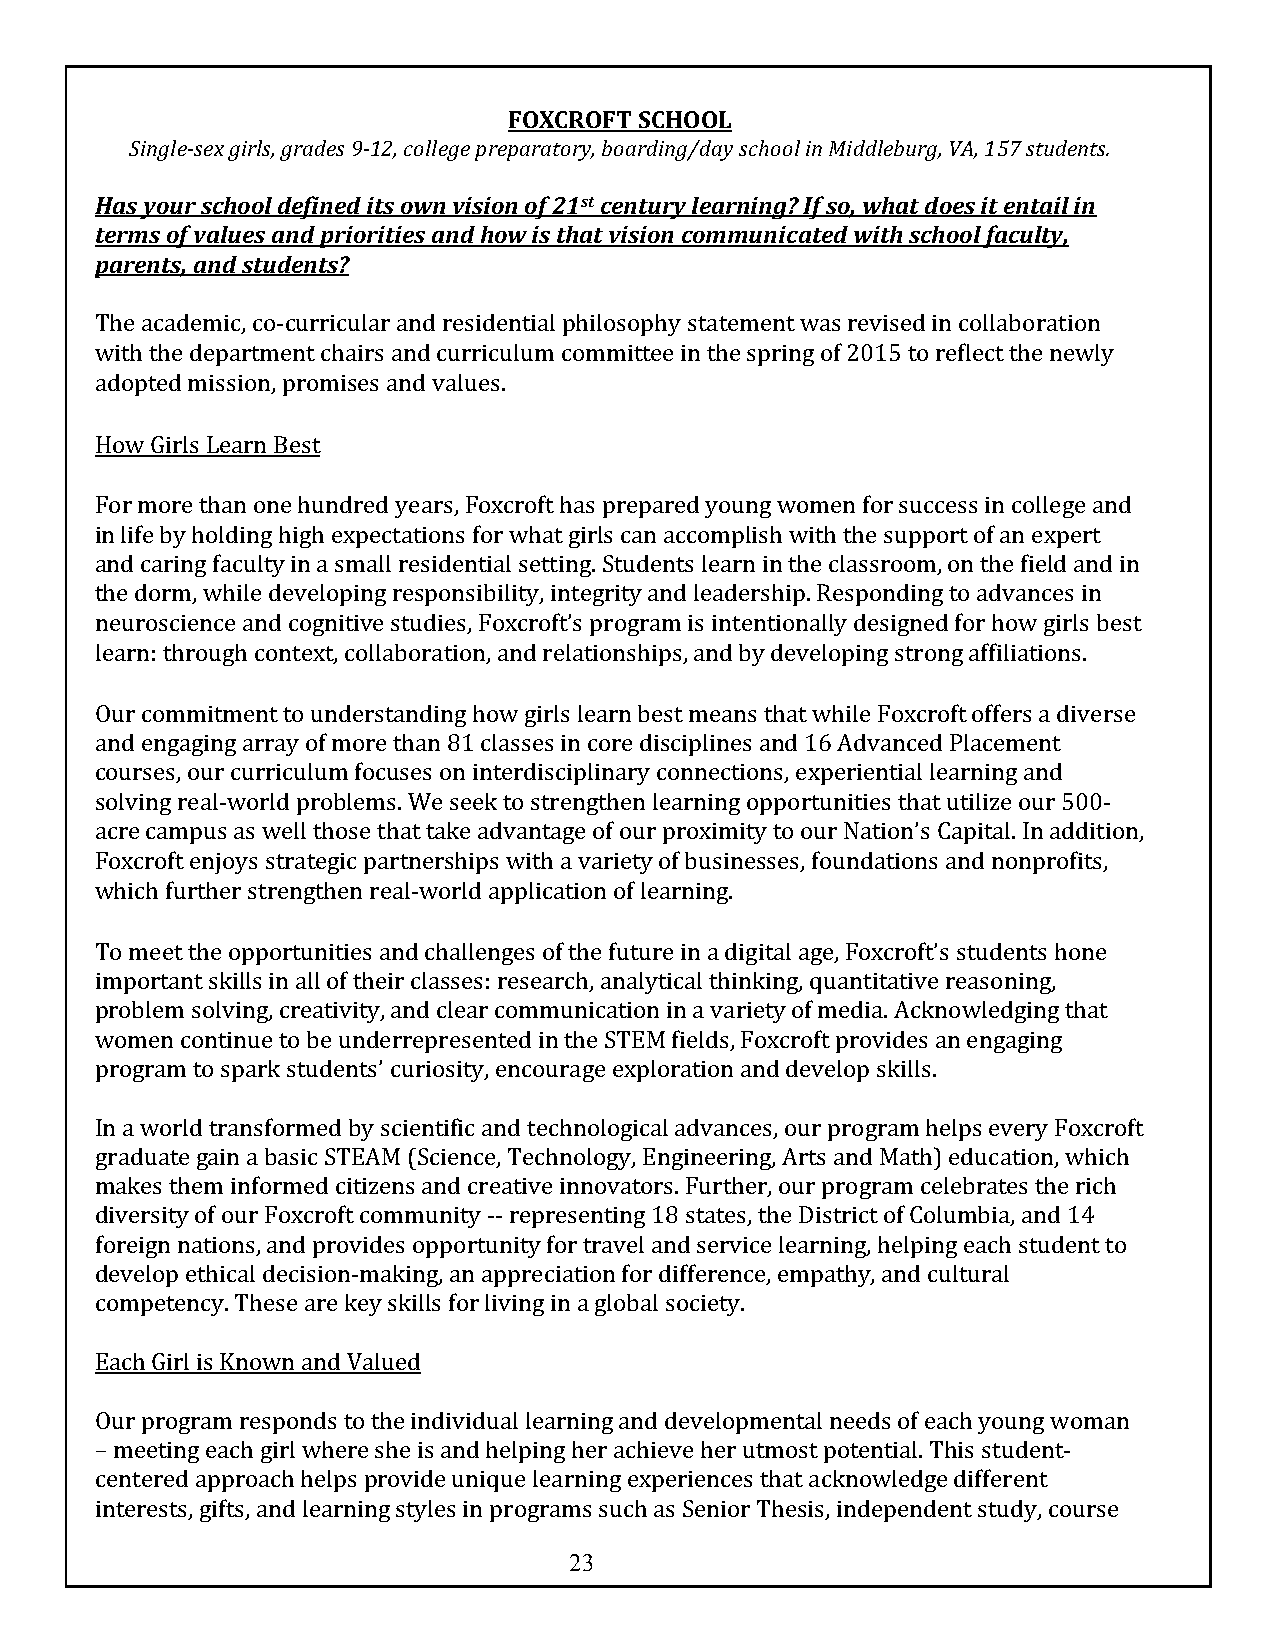
FOXCROFT SCHOOL
 Single-sex girls, grades 9-12, college preparatory, boarding/day school in Middleburg, VA, 157 students.
 Has your school defined its own vision of 21st century learning? If so, what does it entail in
 terms of values and priorities and how is that vision communicated with school faculty,
 parents, and students?
 The academic, co-curricular and residential philosophy statement was revised in collaboration
 with the department chairs and curriculum committee in the spring of 2015 to reflect the newly
 adopted mission, promises and values.
 How Girls Learn Best
 For more than one hundred years, Foxcroft has prepared young women for success in college and
 in life by holding high expectations for what girls can accomplish with the support of an expert
 and caring faculty in a small residential setting. Students learn in the classroom, on the field and in
 the dorm, while developing responsibility, integrity and leadership. Responding to advances in
 neuroscience and cognitive studies, Foxcroft’s program is intentionally designed for how girls best
 learn: through context, collaboration, and relationships, and by developing strong affiliations.
 Our commitment to understanding how girls learn best means that while Foxcroft offers a diverse
 and engaging array of more than 81 classes in core disciplines and 16 Advanced Placement
 courses, our curriculum focuses on interdisciplinary connections, experiential learning and
 solving real-world problems. We seek to strengthen learning opportunities that utilize our 500-
 acre campus as well those that take advantage of our proximity to our Nation’s Capital. In addition,
 Foxcroft enjoys strategic partnerships with a variety of businesses, foundations and nonprofits,
 which further strengthen real-world application of learning.
 To meet the opportunities and challenges of the future in a digital age, Foxcroft’s students hone
 important skills in all of their classes: research, analytical thinking, quantitative reasoning,
 problem solving, creativity, and clear communication in a variety of media. Acknowledging that
 women continue to be underrepresented in the STEM fields, Foxcroft provides an engaging
 program to spark students’ curiosity, encourage exploration and develop skills.
 In a world transformed by scientific and technological advances, our program helps every Foxcroft
 graduate gain a basic STEAM (Science, Technology, Engineering, Arts and Math) education, which
 makes them informed citizens and creative innovators. Further, our program celebrates the rich
 diversity of our Foxcroft community -- representing 18 states, the District of Columbia, and 14
 foreign nations, and provides opportunity for travel and service learning, helping each student to
 develop ethical decision-making, an appreciation for difference, empathy, and cultural
 competency. These are key skills for living in a global society.
 Each Girl is Known and Valued
 Our program responds to the individual learning and developmental needs of each young woman
 – meeting each girl where she is and helping her achieve her utmost potential. This student-
 centered approach helps provide unique learning experiences that acknowledge different
 interests, gifts, and learning styles in programs such as Senior Thesis, independent study, course
 23